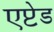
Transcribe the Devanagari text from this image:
एप्टेड